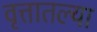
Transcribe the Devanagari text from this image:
वृत्तातल्या